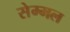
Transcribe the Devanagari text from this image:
सेम्मल